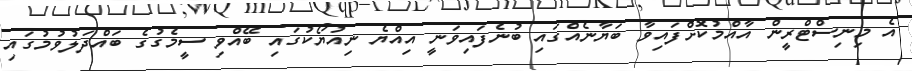
އެ މިނިސްޓްރީން އާއްމުކޮށްފައިވާ ބަޔާނެއްގައި ބުނެފައިވަނީ އިއްޔެ ނިއުޔޯކުގައި ބޭއްވި ސީމެގުގެ ބައްދަލުވުމުގައި